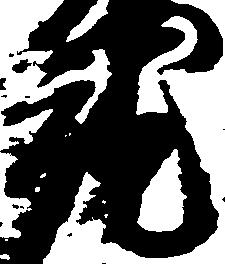
就